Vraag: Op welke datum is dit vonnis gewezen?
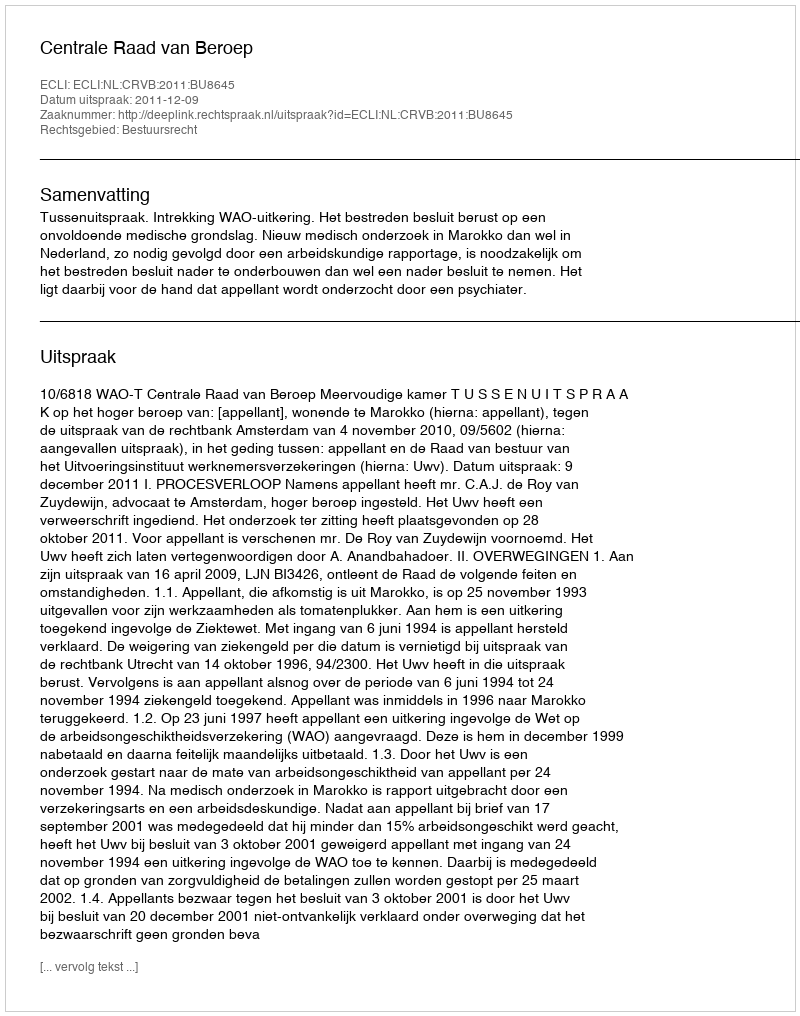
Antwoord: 2011-12-09